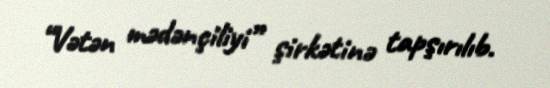
“Vətən mədənçiliyi” şirkətinə tapşırılıb.